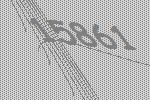
15861